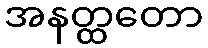
အနတ္ထတော